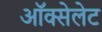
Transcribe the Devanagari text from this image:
ऑक्सेलेट